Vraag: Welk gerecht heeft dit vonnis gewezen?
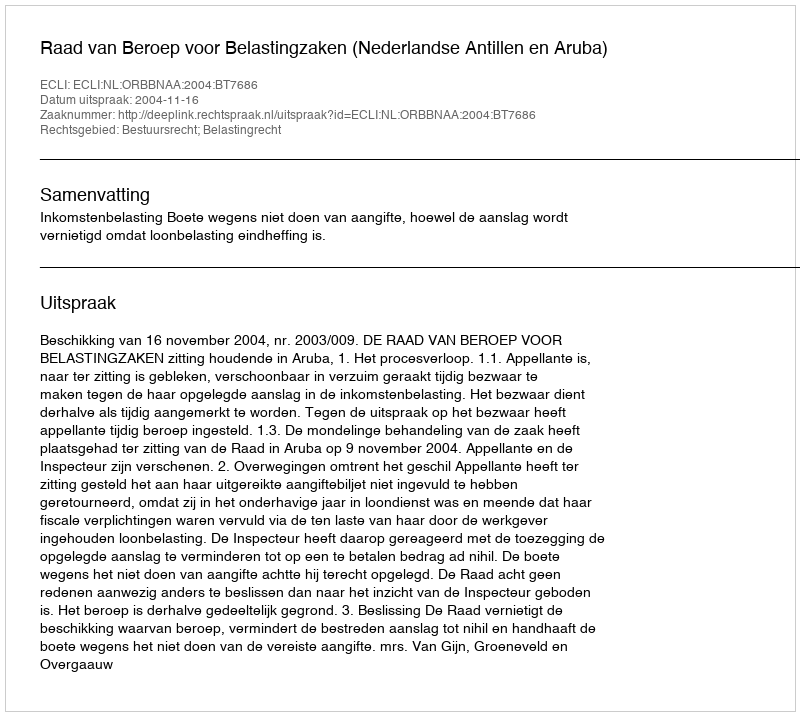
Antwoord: Raad van Beroep voor Belastingzaken (Nederlandse Antillen en Aruba)